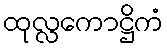
ထုလ္လကောဋ္ဌိကံ